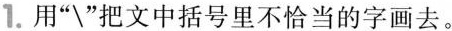
1.用“/”把文中括号里不恰当的字画去。